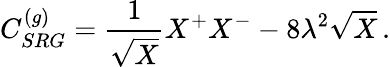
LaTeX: C_{SRG}^{(g)}=\frac{1}{\sqrt{X}}X^{+}X^{-}-8\lambda^{2}\sqrt{X}\, .